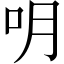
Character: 𠯲